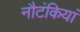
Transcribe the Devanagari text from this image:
नौटंकियां